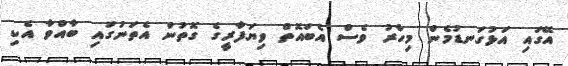
އޭގައި އަޅުގަނޑުމެން މިހާރު ވެސް އެބައޮތް ވިޔަފާރީގެ ގޮތުން އެތަނުގައި ބާއްވާ އެކި